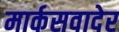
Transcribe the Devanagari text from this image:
मार्कसवादेर